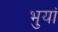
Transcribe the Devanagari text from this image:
भुयां